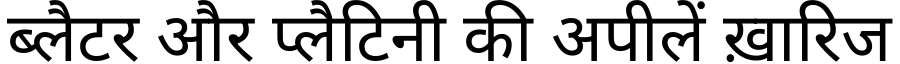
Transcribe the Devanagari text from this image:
ब्लैटर और प्लैटिनी की अपीलें ख़ारिज